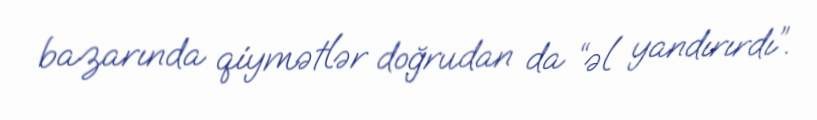
bazarında qiymətlər doğrudan da “əl yandırırdı”.